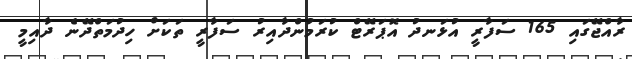
ރާއްޖޭގައި 165 ސަފާރީ އުޅަނދު އޮޕަރޭޓް ކުރަމުންދާއިރު ސަފާރީ ތަކަށް ހިދުމަތްދޭނެ ދާއިމީ